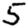
Digit: 5